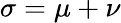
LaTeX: \sigma=\mu+\nu